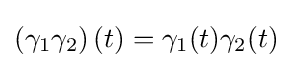
\left(\gamma _{1}\gamma _{2}\right)(t)=\gamma _{1}(t)\gamma _{2}(t)